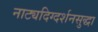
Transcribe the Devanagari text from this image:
नाट्यदिग्दर्शनसुद्धा